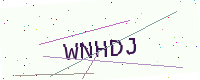
Text: WNHDJ